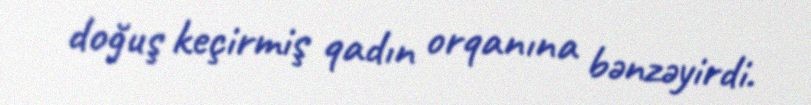
doğuş keçirmiş qadın orqanına bənzəyirdi.